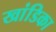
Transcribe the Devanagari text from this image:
खांडिका